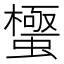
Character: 𮔼